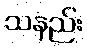
သနည်း